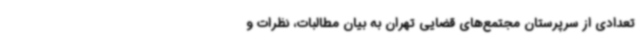
تعدادی از سرپرستان مجتمع‌های قضایی تهران به بیان مطالبات، نظرات و